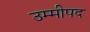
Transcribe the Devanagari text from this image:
उम्मीपद